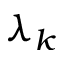
\lambda _ { k }